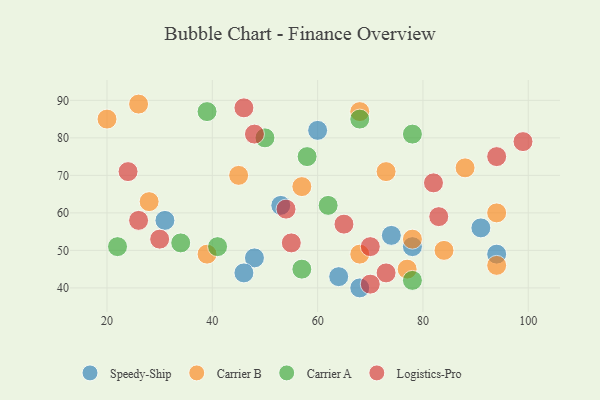
{"axis": {"x": "GDP", "y": "Life Expectancy"}, "legend": ["Carrier A", "Carrier B", "Logistics-Pro", "Speedy-Ship"], "data": [{"x": "48", "y": 48, "type": "Speedy-Ship"}, {"x": "91", "y": 56, "type": "Speedy-Ship"}, {"x": "31", "y": 58, "type": "Speedy-Ship"}, {"x": "68", "y": 40, "type": "Speedy-Ship"}, {"x": "46", "y": 44, "type": "Speedy-Ship"}, {"x": "74", "y": 54, "type": "Speedy-Ship"}, {"x": "78", "y": 51, "type": "Speedy-Ship"}, {"x": "94", "y": 49, "type": "Speedy-Ship"}, {"x": "64", "y": 43, "type": "Speedy-Ship"}, {"x": "53", "y": 62, "type": "Speedy-Ship"}, {"x": "60", "y": 82, "type": "Speedy-Ship"}, {"x": "68", "y": 87, "type": "Carrier B"}, {"x": "94", "y": 60, "type": "Carrier B"}, {"x": "77", "y": 45, "type": "Carrier B"}, {"x": "57", "y": 67, "type": "Carrier B"}, {"x": "39", "y": 49, "type": "Carrier B"}, {"x": "20", "y": 85, "type": "Carrier B"}, {"x": "88", "y": 72, "type": "Carrier B"}, {"x": "73", "y": 71, "type": "Carrier B"}, {"x": "84", "y": 50, "type": "Carrier B"}, {"x": "45", "y": 70, "type": "Carrier B"}, {"x": "78", "y": 53, "type": "Carrier B"}, {"x": "26", "y": 89, "type": "Carrier B"}, {"x": "68", "y": 49, "type": "Carrier B"}, {"x": "28", "y": 63, "type": "Carrier B"}, {"x": "94", "y": 46, "type": "Carrier B"}, {"x": "78", "y": 81, "type": "Carrier A"}, {"x": "41", "y": 51, "type": "Carrier A"}, {"x": "34", "y": 52, "type": "Carrier A"}, {"x": "58", "y": 75, "type": "Carrier A"}, {"x": "62", "y": 62, "type": "Carrier A"}, {"x": "57", "y": 45, "type": "Carrier A"}, {"x": "78", "y": 42, "type": "Carrier A"}, {"x": "22", "y": 51, "type": "Carrier A"}, {"x": "50", "y": 80, "type": "Carrier A"}, {"x": "68", "y": 85, "type": "Carrier A"}, {"x": "39", "y": 87, "type": "Carrier A"}, {"x": "99", "y": 79, "type": "Logistics-Pro"}, {"x": "83", "y": 59, "type": "Logistics-Pro"}, {"x": "70", "y": 51, "type": "Logistics-Pro"}, {"x": "54", "y": 61, "type": "Logistics-Pro"}, {"x": "82", "y": 68, "type": "Logistics-Pro"}, {"x": "65", "y": 57, "type": "Logistics-Pro"}, {"x": "48", "y": 81, "type": "Logistics-Pro"}, {"x": "73", "y": 44, "type": "Logistics-Pro"}, {"x": "94", "y": 75, "type": "Logistics-Pro"}, {"x": "26", "y": 58, "type": "Logistics-Pro"}, {"x": "30", "y": 53, "type": "Logistics-Pro"}, {"x": "55", "y": 52, "type": "Logistics-Pro"}, {"x": "24", "y": 71, "type": "Logistics-Pro"}, {"x": "70", "y": 41, "type": "Logistics-Pro"}, {"x": "46", "y": 88, "type": "Logistics-Pro"}]}